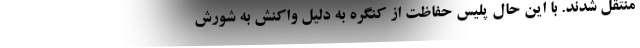
منتقل شدند. با این حال پلیسِ حفاظت از کنگره به دلیل واکنش به شورش